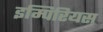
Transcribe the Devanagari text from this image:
इम्पिरियस